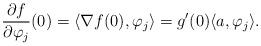
LaTeX: \begin{align*}\frac{\partial f}{\partial \varphi_j}(0)=\langle \nabla f(0),\varphi_j\rangle = g'(0)\langle a,\varphi_j\rangle.\end{align*}